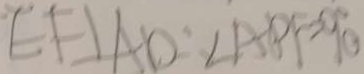
E F \bot A D : \angle A P F = 9 0 ^ { \circ }